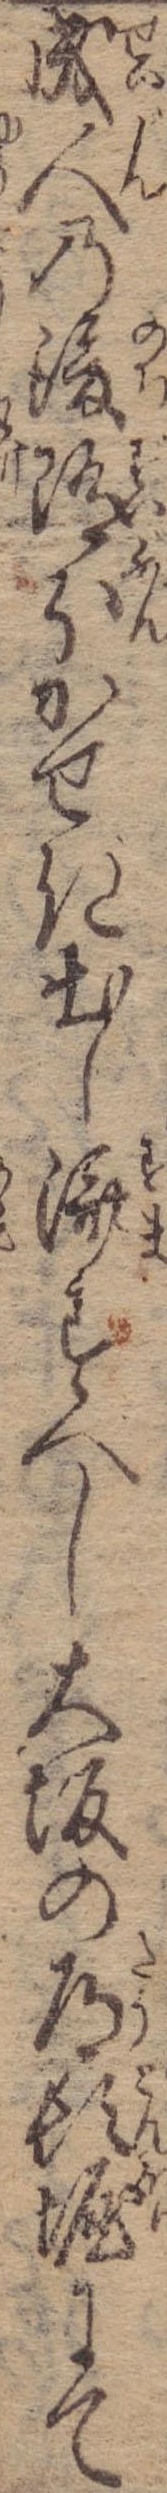
成人の後随分かせぎ出し済すべし大坂の道頓堀にて